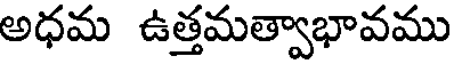
అధమ ఉత్తమత్వాభావము